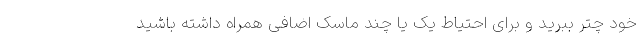
خود چتر ببرید و برای احتیاط یک یا چند ماسک اضافی همراه داشته باشید